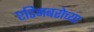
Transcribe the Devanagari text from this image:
एडिनबरोच्या